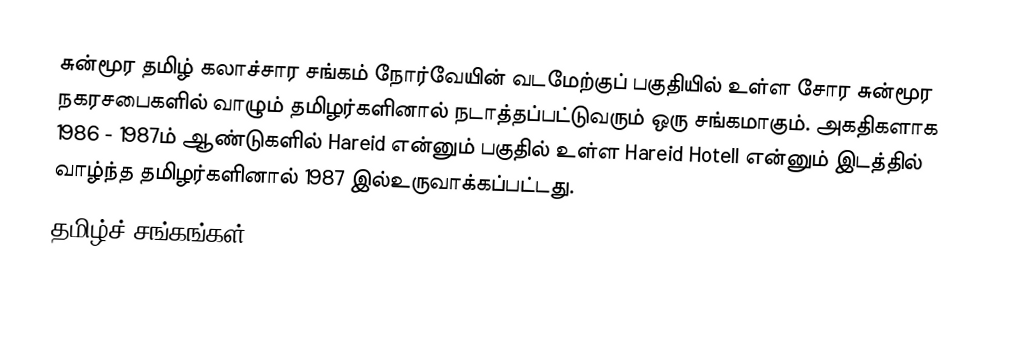
சுன்மூர தமிழ் கலாச்சார சங்கம் நோர்வேயின் வடமேற்குப் பகுதியில் உள்ள சோர சுன்மூர நகரசபைகளில் வாழும் தமிழர்களினால் நடாத்தப்பட்டுவரும் ஒரு சங்கமாகும். அகதிகளாக 1986 - 1987ம் ஆண்டுகளில் Hareid என்னும் பகுதில் உள்ள  Hareid Hotell என்னும் இடத்தில் வாழ்ந்த தமிழர்களினால் 1987 இல்உருவாக்கப்பட்டது.
தமிழ்ச் சங்கங்கள்